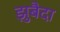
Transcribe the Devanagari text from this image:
झुबैदा